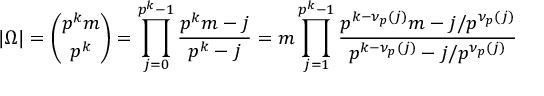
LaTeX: | \Omega | = { \binom { p ^ { k } m } { p ^ { k } } } = \prod _ { j = 0 } ^ { p ^ { k } - 1 } { \frac { p ^ { k } m - j } { p ^ { k } - j } } = m \prod _ { j = 1 } ^ { p ^ { k } - 1 } { \frac { p ^ { k - \nu _ { p } ( j ) } m - j / p ^ { \nu _ { p } ( j ) } } { p ^ { k - \nu _ { p } ( j ) } - j / p ^ { \nu _ { p } ( j ) } } }